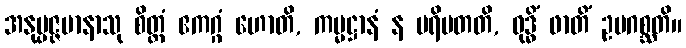
အနုပ္ပဇ္ဇမာနာသု စိတ္တံ ဧကဂ္ဂံ ဟောတိ, ကမ္မဋ္ဌာနံ န ပရိပတတိ, ဝုဒ္ဓိံ ဖာတိံ ဥပဂစ္ဆတိ။